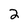
Character: 2